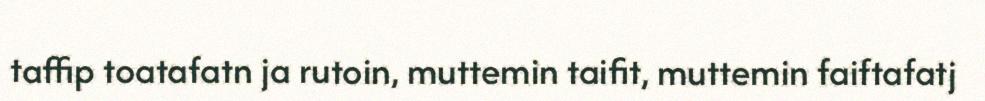
taffip toatafatn ja rutoin, muttemin taifit, muttemin faiftafatj